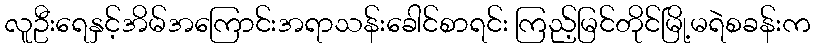
လူဦးရေနှင့်အိမ်အကြောင်းအရာသန်းခေါင်စာရင်း ကြည့်မြင်တိုင်မြို့မရဲစခန်းက